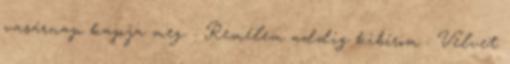
vasárnap kapja meg. : Remélem addig kibírom : Velvet